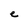
Character: e